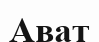
Ават